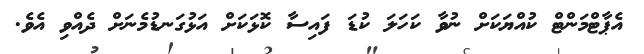
އެޕާޓްމަންޓް ކުއްޔަކަށް ނުވާ ކަހަލަ ކުޑަ ފައިސާ ކޮޅަކަށް އަޅުގަނޑުމެނަށް ދެއްވި އެވެ.